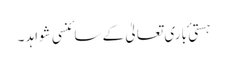
ہستی ٔ باری تعالیٰ کے سائنسی شواہد ۔